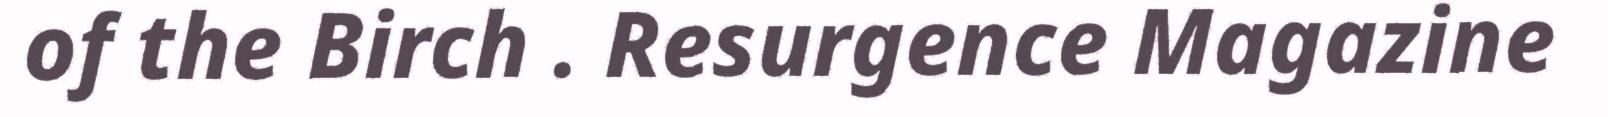
of the Birch . Resurgence Magazine